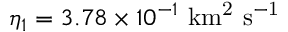
\eta _ { 1 } = 3 . 7 8 \times 1 0 ^ { - 1 } \ \mathrm { k m ^ { 2 } \ s ^ { - 1 } }